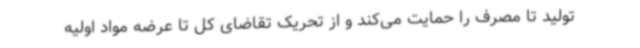
تولید تا مصرف را حمایت می‌کند و از تحریک تقاضای کل تا عرضه مواد اولیه